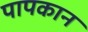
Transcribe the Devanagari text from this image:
पापकान